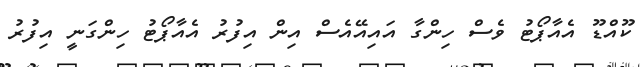
ކޫއްޑޫ އެއާޕޯޓު ވެސް ހިންގާ އައިއޭއެސް އިން އިފުރު އެއާޕޯޓު ހިންގަނީ އިފުރު